65_HS1-834228961_62-HQ-83894_SUB_A
Agency: FBI
Page 74
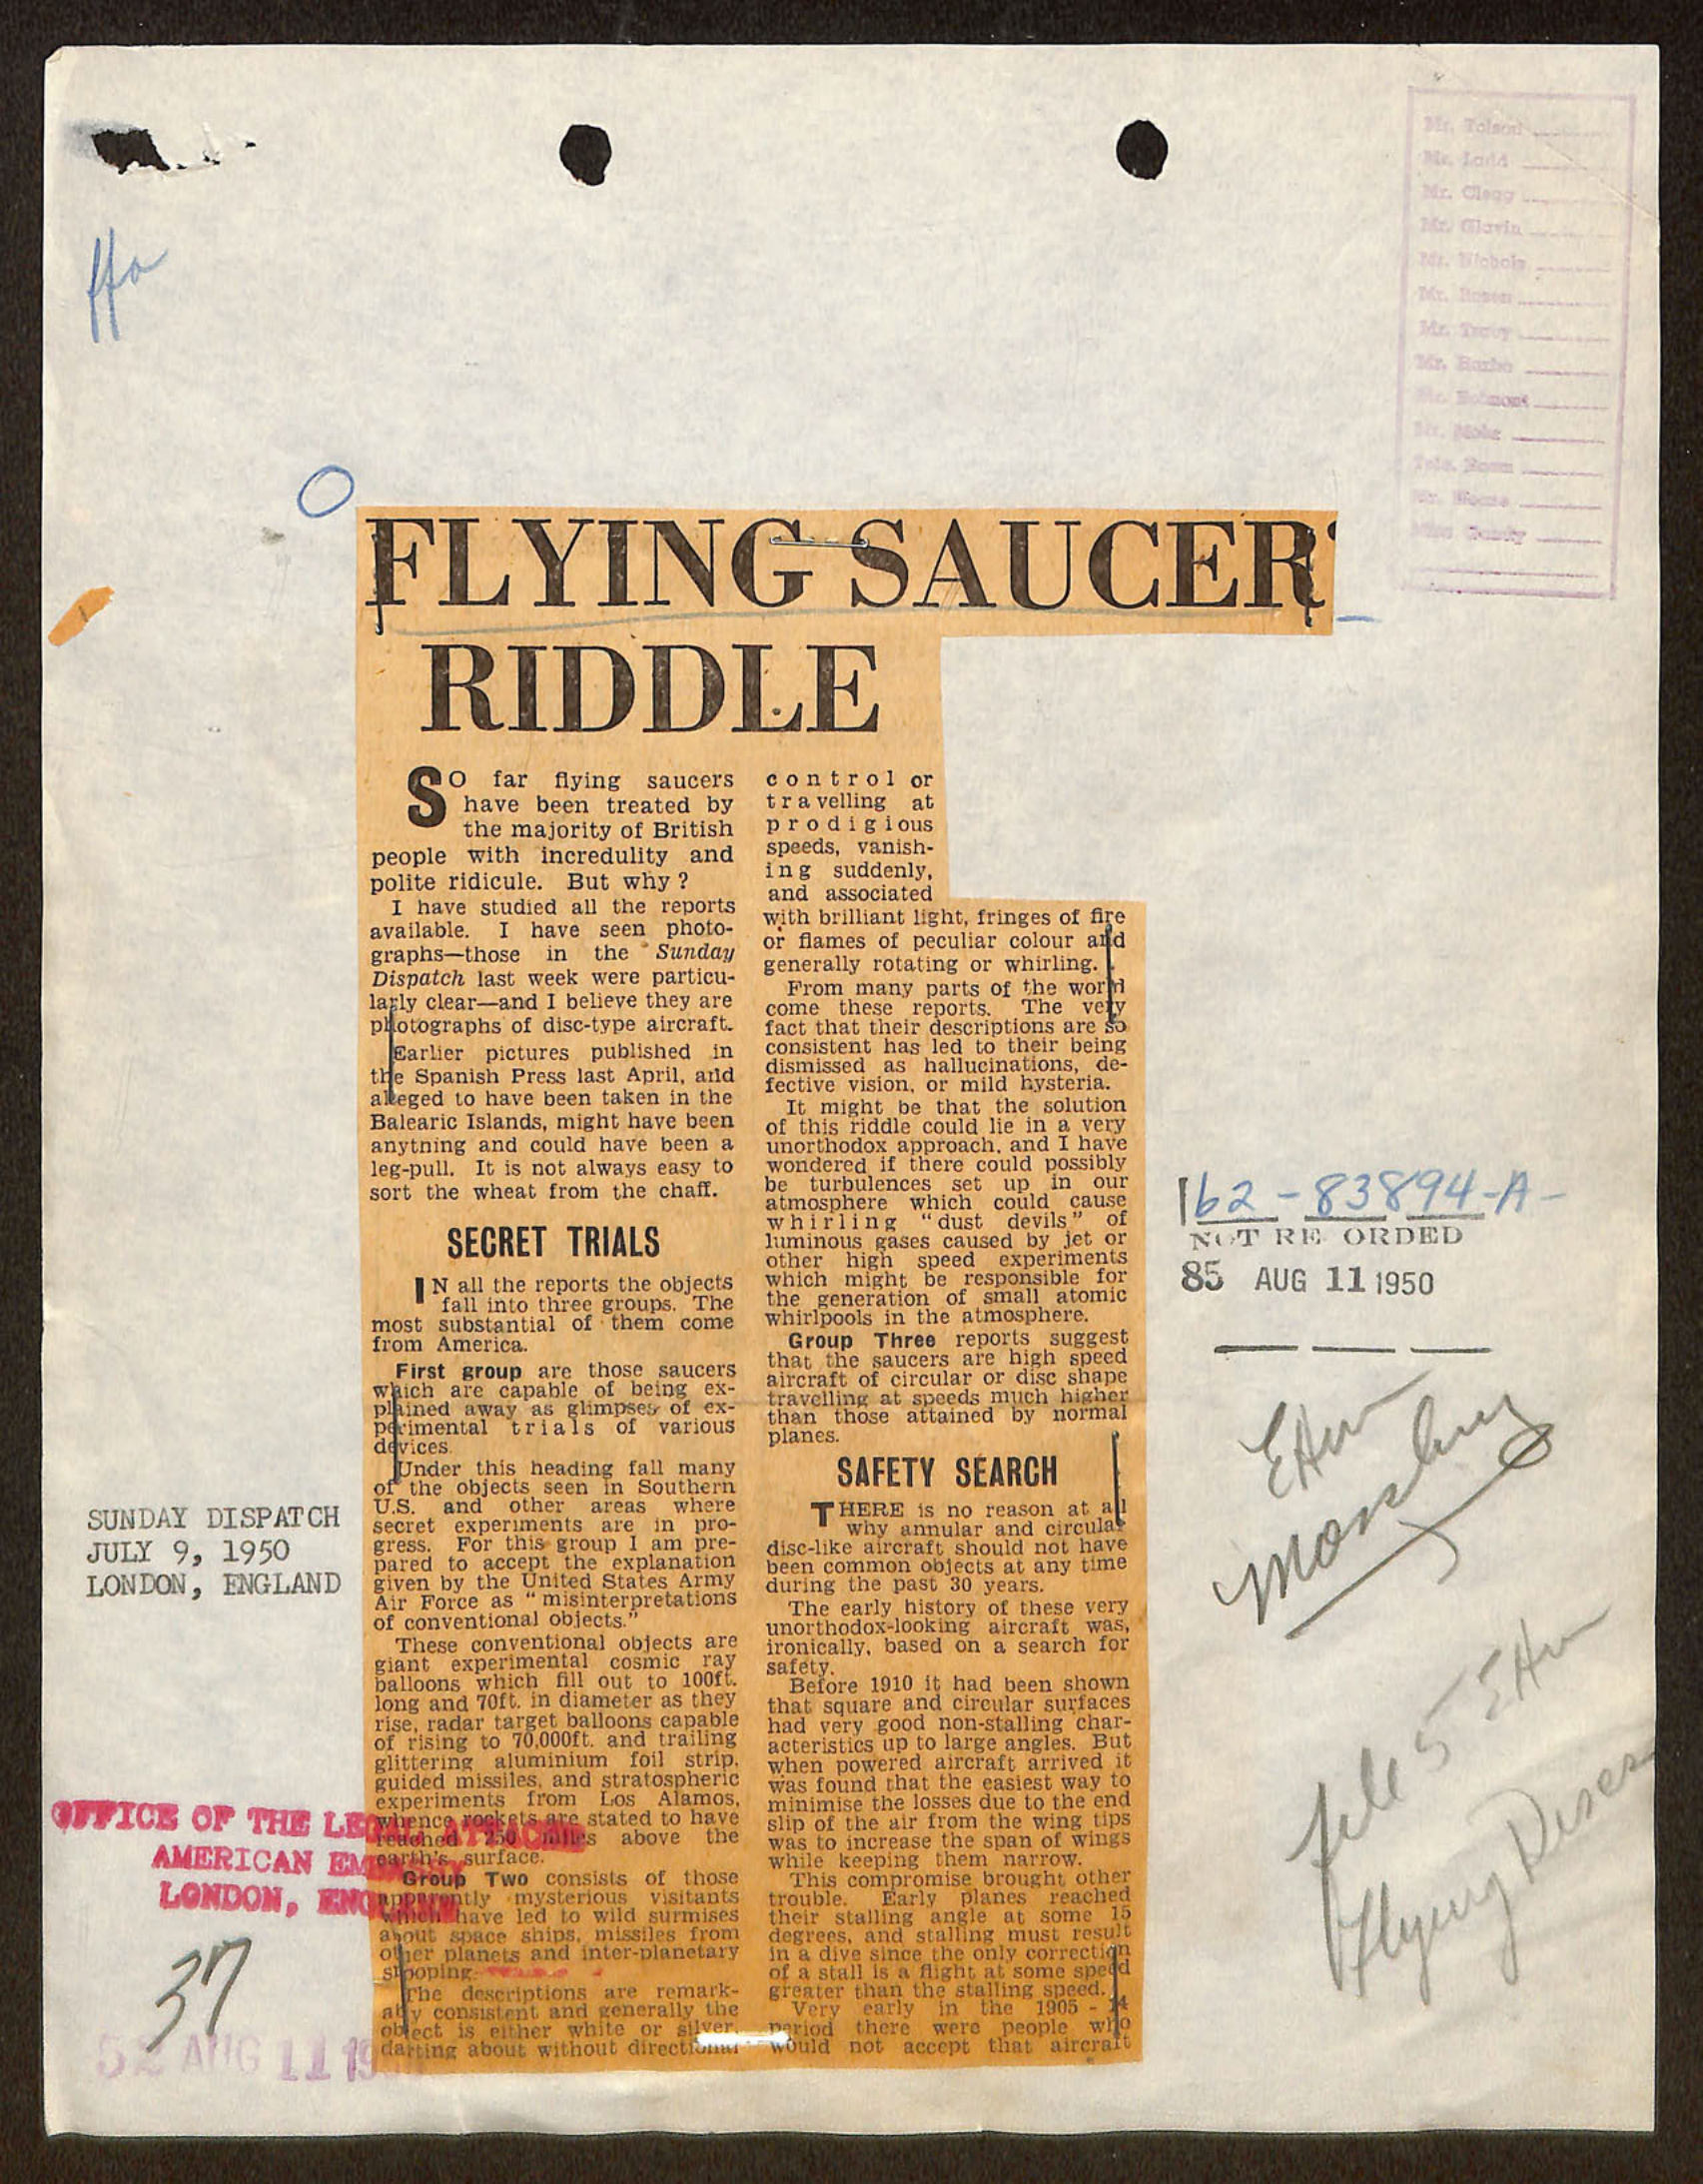